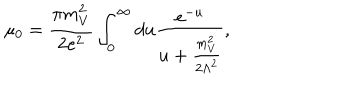
LaTeX: \mu _ { 0 } = \frac { \pi m _ { V } ^ { 2 } } { 2 e ^ { 2 } } \int _ { 0 } ^ { \infty } d u \frac { e ^ { - u } } { u + \frac { m _ { V } ^ { 2 } } { 2 \Lambda ^ { 2 } } } ,